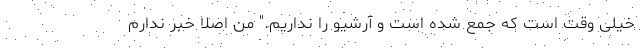
خیلی وقت است که جمع شده است و آرشیو را نداریم." من اصلا خبر ندارم